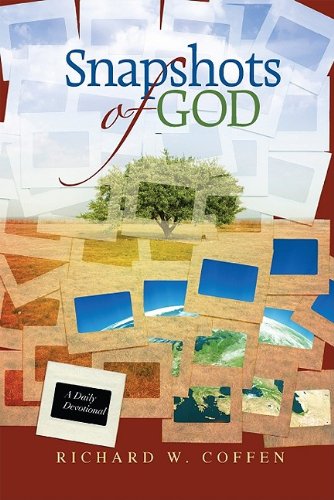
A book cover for Snapshots of God: A Daily Devotional; Richard W. Coffen; Christian Books & Bibles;